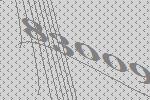
83009